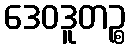
ဒေဝဒူတဉ္စ